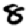
Digit: 8